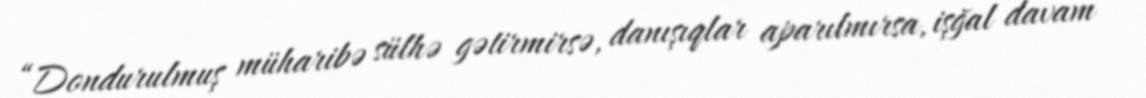
“Dondurulmuş müharibə sülhə gətirmirsə, danışıqlar aparılmırsa, işğal davam